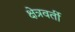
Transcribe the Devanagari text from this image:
क्षेत्रवर्ती